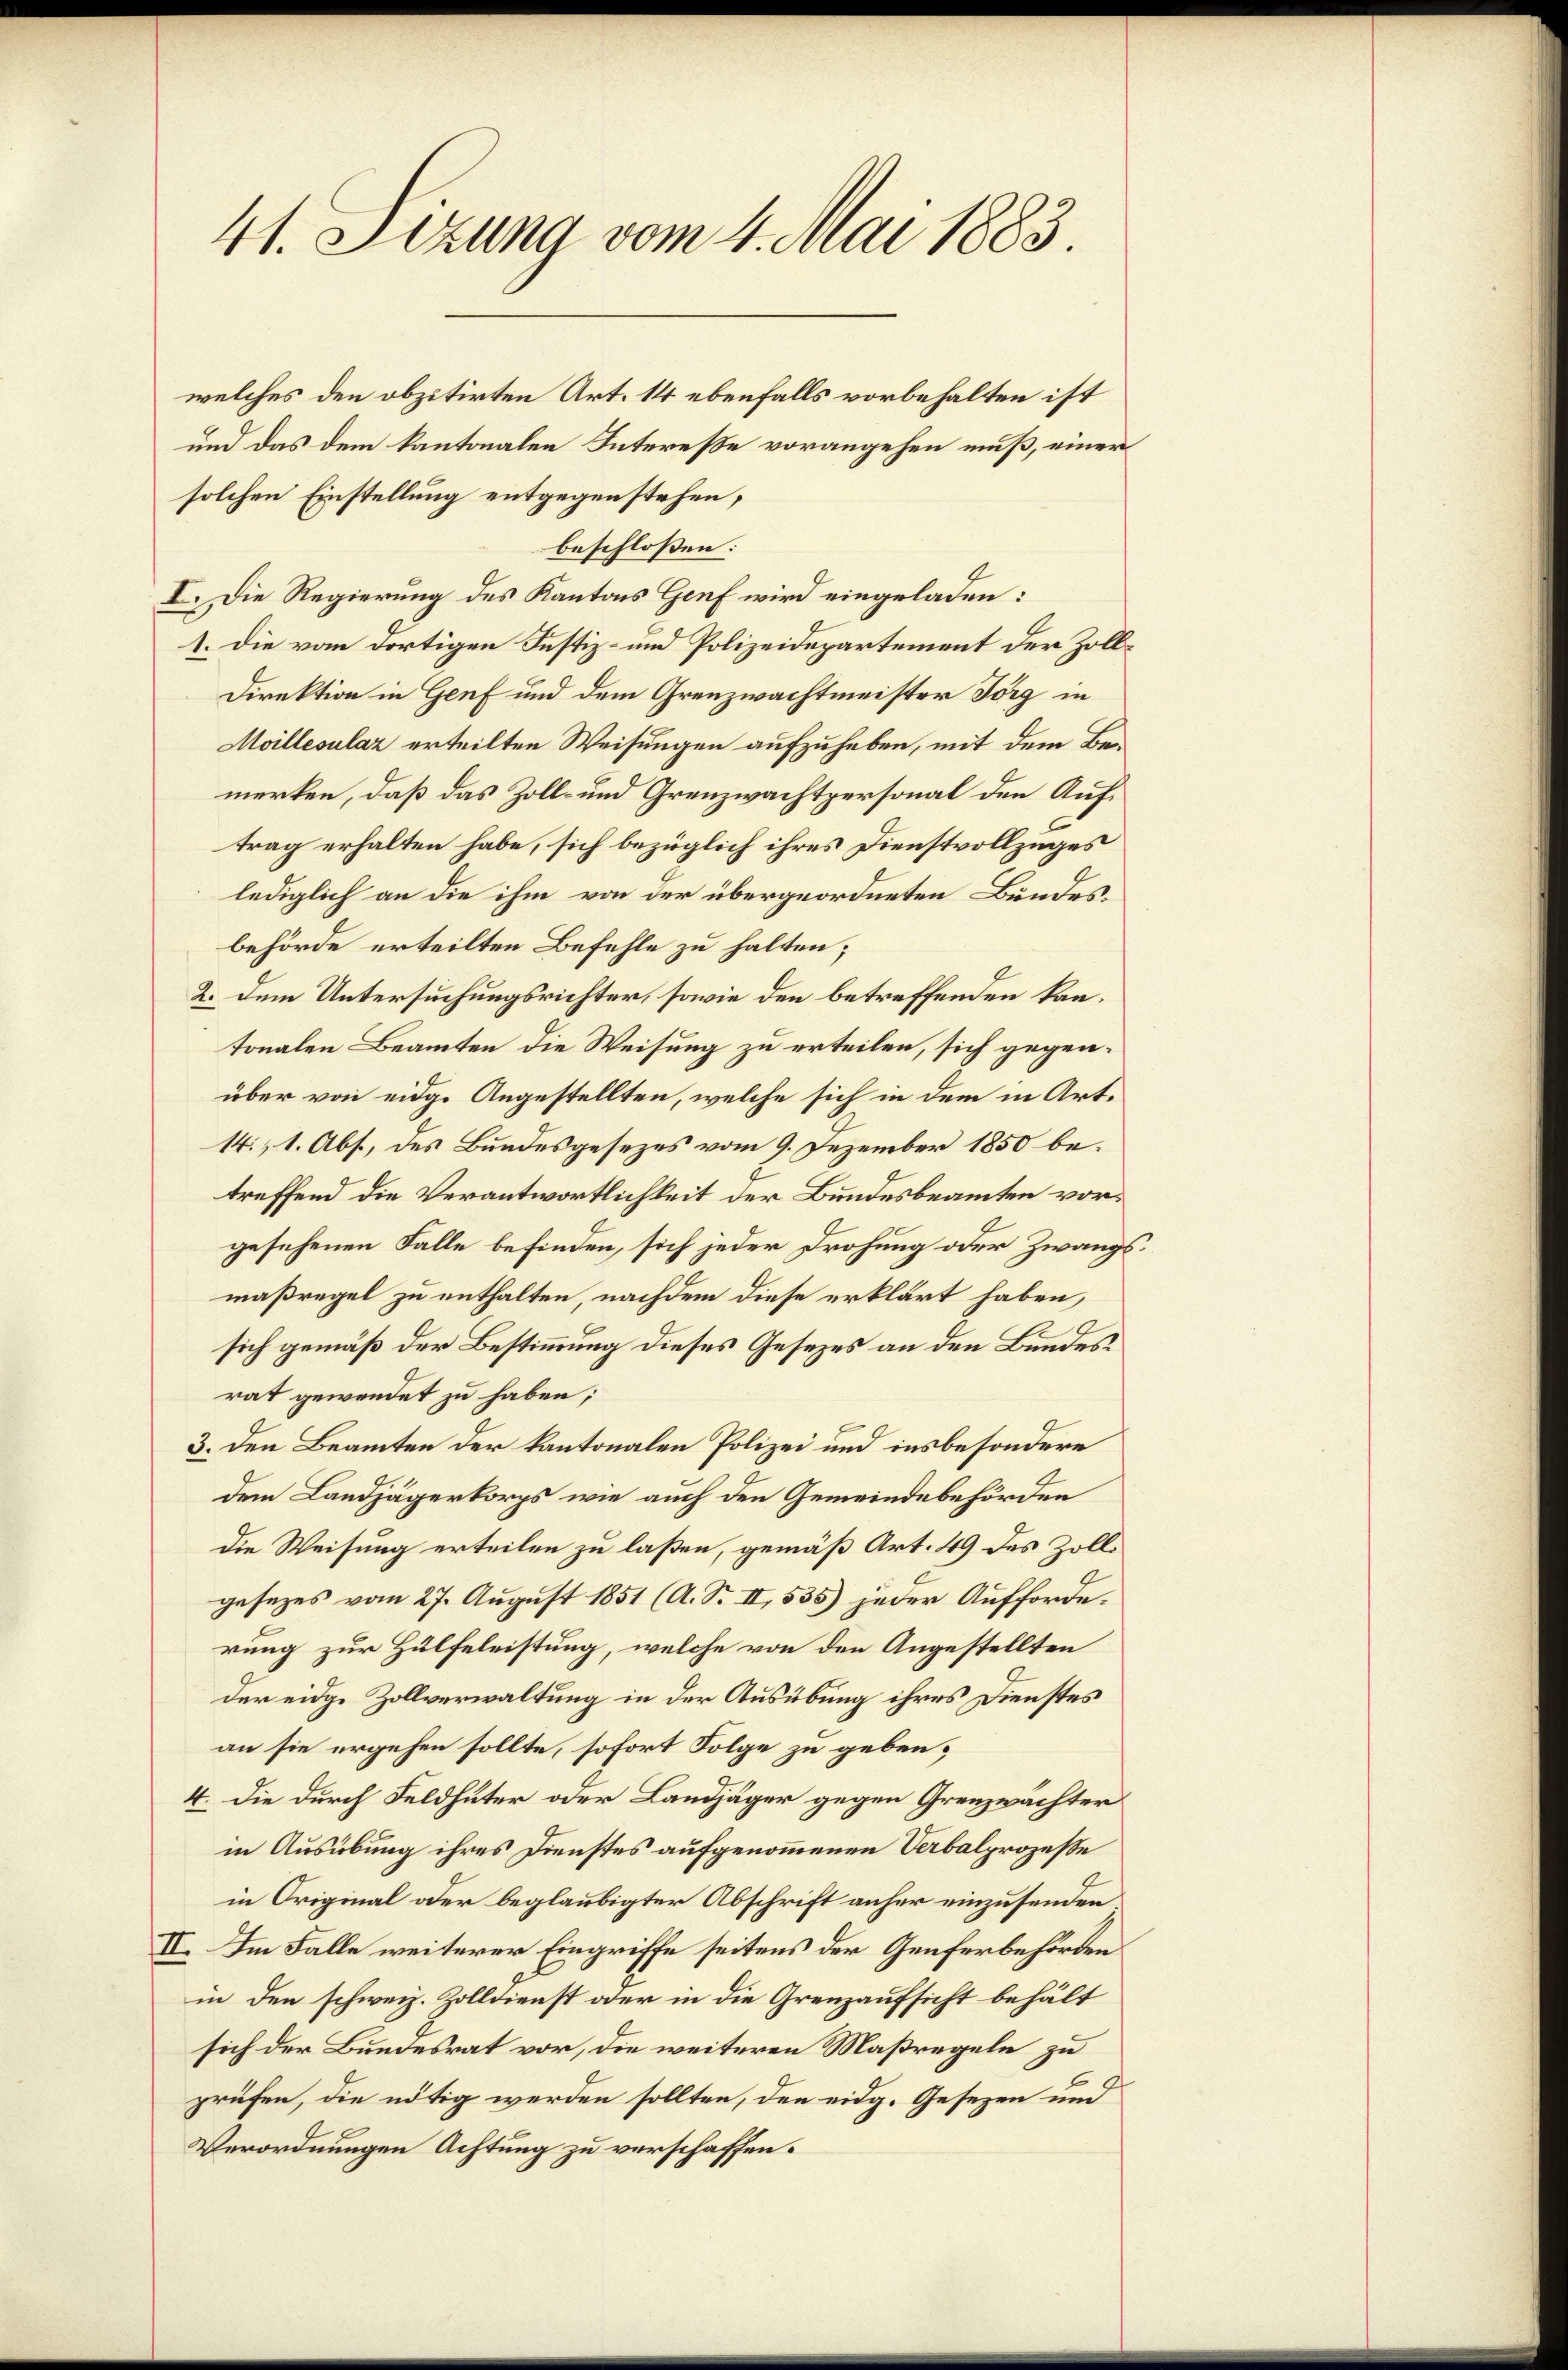
41. Sizung vom 4. Mai 1883.
welches den obzitirten Art. 14 ebenfalls vorbehalten ist
und das dem kantonalen Intereße vorangehen muß, einer
solchen Einstellung entgegenstehen,

beschlossen:
I. Die Regierung des Kantons Genf wird eingeladen:
1. Die vom dortigen Justiz- und Polizeidepartement der Zoll¬
Direktion in Genf und dem Grenzwachtmeister Jörg in
Moillesalaz erteilten Weisungen aufzuheben, mit dem Bemerken, daß das Zoll- und Grenzwachtpersonal den Auftrag erhalten habe, sich bezüglich ihres Dienstvollzuges
lediglich an die ihm von der übergeordneten Bundesbehörde erteilten Befehle zu halten;
2. Dem Untersuchungsrichter, sowie den betreffenden kantonalen Beamten die Weisung zu erteilen, sich gegenüber von eidg. Angestellten, welche sich in dem in Art.
14., 1. Abs., des Bundesgesezes vom 9. Dezember 1850 betreffend die Verantwortlichkeit der Bundesbeamten vorgesehenen Falle befinden, sich jeder Drohung oder Zwangs
maßregel zu enthalten, nachdem diese erklärt haben,
sich gemäß der Bestimmung dieses Gesezes an den Bundesrat gewendet zu haben;
3. Den Beamten der kantonalen Polizei und insbesondere
dem Landjägerkorps wie auch den Gemeindebehörden
die Weisung erteilen zu laßen, gemäß Art. 49 des Zollgesezes vom 27. August 1851 (A. S. II, 535) jeder Aufforderung zur Hülfeleistung, welche von den Angestellten
der eidge Zollverwaltung in der Ausübung ihres Dienstes
an sie ergehen sollte, sofort Folge zu geben,
4. Die durch Feldhüter oder Landjäger gegen Grenzwächter
in Ausübung ihres Dienstes aufgenommenen Verbalprozesse
in Original oder beglaubigter Abschrift anher einzusenden
II. Im Falle weiterer Eingriffe seitens der Genferbehörden
in den schweiz. Zolldienst oder in die Grenzaufsicht behält
sich der Bundesrat vor, die weiteren Maßregeln zu
prüfen, die nötig werden sollten, den eidg. Gesezen und
Verordnungen Achtung zu verschaffen.

2